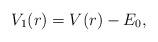
LaTeX: \begin{align*} V_1(r) = V(r) - E_0, \end{align*}